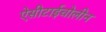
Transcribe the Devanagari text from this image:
ऐसीटाईचोलीन